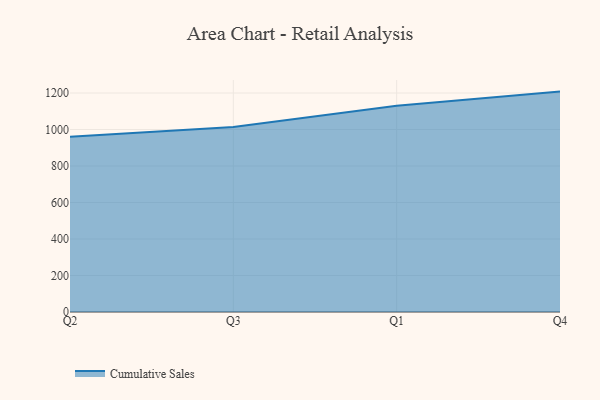
{"axis": {"x": "Quarter", "y": "Latency (ms)"}, "legend": ["Cumulative Sales"], "data": [{"x": "Q2", "y": 960.0, "type": "Cumulative Sales"}, {"x": "Q3", "y": 1014.3, "type": "Cumulative Sales"}, {"x": "Q1", "y": 1130.6, "type": "Cumulative Sales"}, {"x": "Q4", "y": 1207.8, "type": "Cumulative Sales"}]}